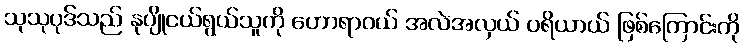
သုသုပုဒ်သည် နုပျိုငယ်ရွယ်သူကို ဟောရာဝယ် အလဲအလှယ် ပရိယာယ် ဖြစ်ကြောင်းကို